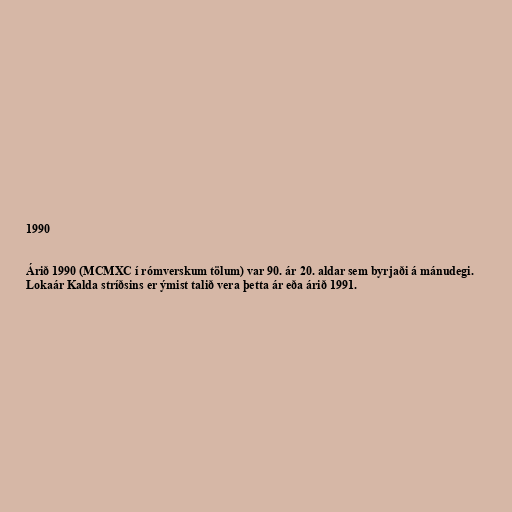
1990

Árið 1990 (MCMXC í rómverskum tölum) var 90. ár 20. aldar sem byrjaði á mánudegi.
Lokaár Kalda stríðsins er ýmist talið vera þetta ár eða árið 1991.